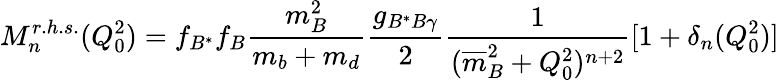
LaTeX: M_{n}^{r.h.s.}(Q_{0}^{2})=f_{B^{\ast}}f_{B}{\frac{m_{B}^{2}}{m_{b}+m_{d}}}{\frac{g_{B^{\ast}B\gamma}}{2}}{\frac{1}{({\overline{{m}}}_{B}^{2}+Q_{0}^{2})^{n+2}}}[1+\delta_{n}(Q_{0}^{2})]